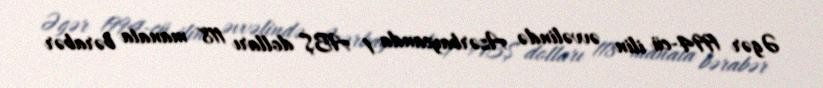
Əgər 1994-cü ilin əvvəlində Azərbaycanda 1 ABŞ dolları 118 manata bərabər